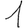
Digit: 1